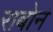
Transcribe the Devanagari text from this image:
राबोन